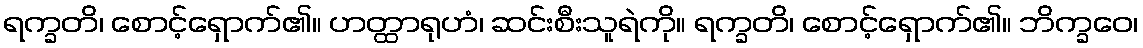
ရက္ခတိ၊ စောင့်ရှောက်၏။ ဟတ္ထာရုဟံ၊ ဆင်းစီးသူရဲကို။ ရက္ခတိ၊ စောင့်ရှောက်၏။ ဘိက္ခဝေ၊